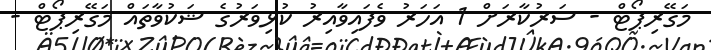
މަގޭރިޕޯޓް - ސަރުކާރަށް 1 އަހަރު ވެފައިވާއިރު ކުޅިވަރުގެ ޝަކުވާތައް މަގޭރިޕޯޓް -